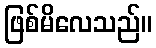
ဖြစ်မိလေသည်။